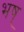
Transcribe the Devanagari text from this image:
भष्